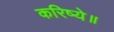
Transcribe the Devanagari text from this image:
करिष्ये॥